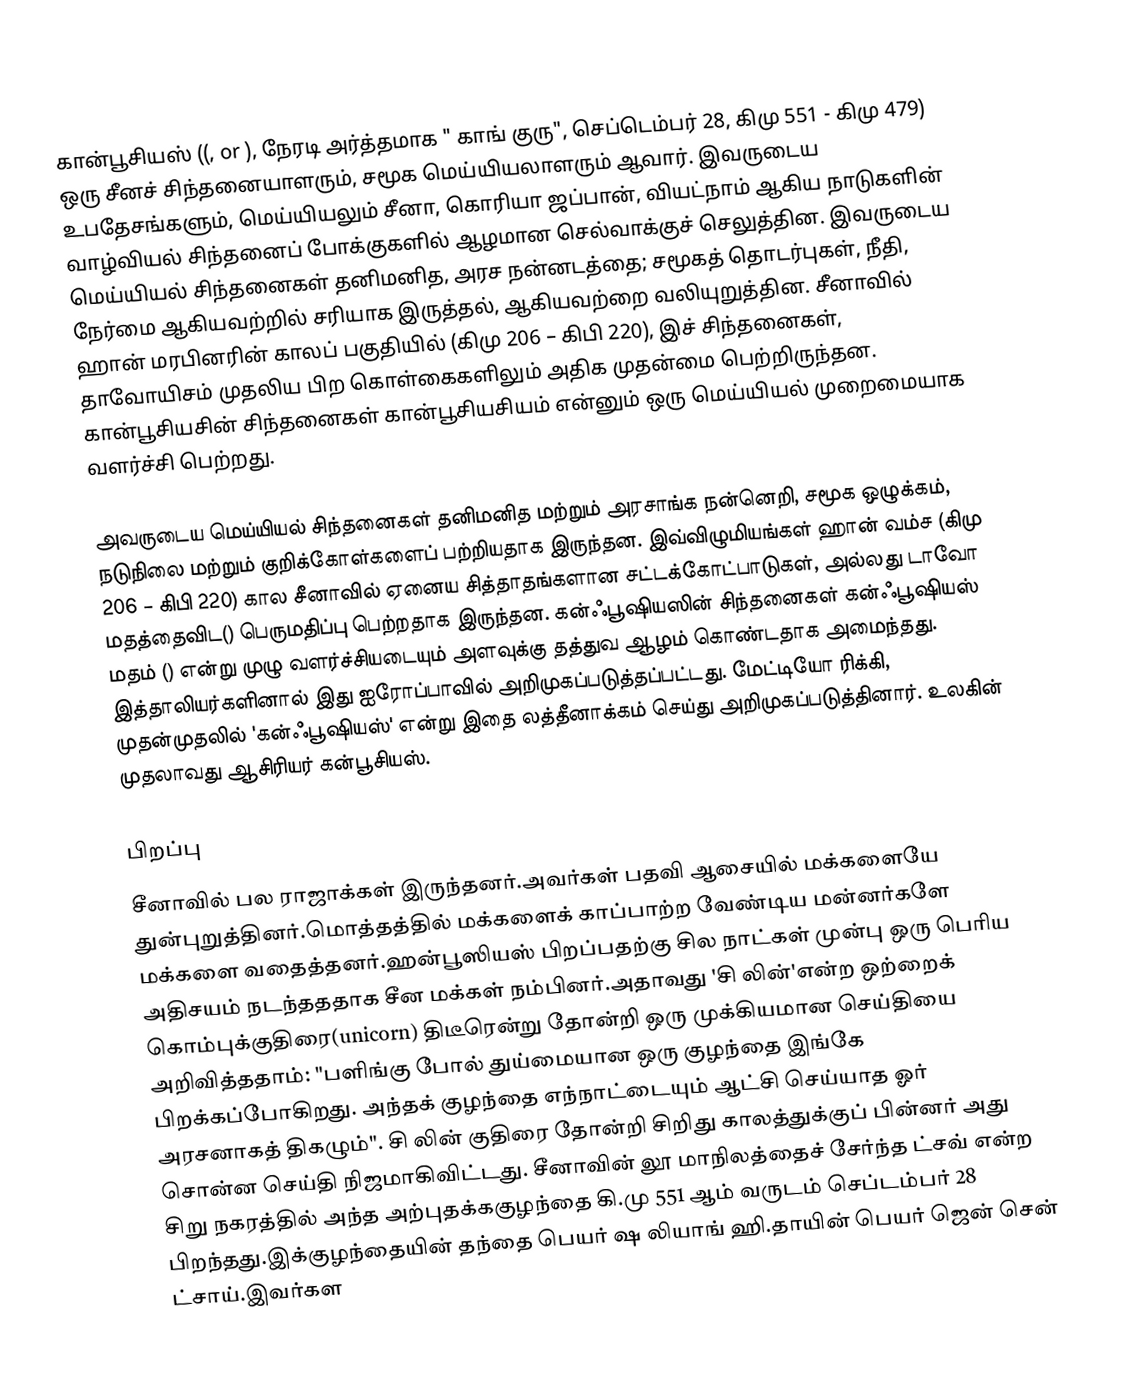
கான்பூசியஸ் ((, or ), நேரடி அர்த்தமாக " காங் குரு", செப்டெம்பர் 28, கிமு 551 - கிமு 479) ஒரு சீனச் சிந்தனையாளரும், சமூக மெய்யியலாளரும் ஆவார். இவருடைய உபதேசங்களும், மெய்யியலும் சீனா, கொரியா ஜப்பான், வியட்நாம் ஆகிய நாடுகளின் வாழ்வியல் சிந்தனைப் போக்குகளில் ஆழமான செல்வாக்குச் செலுத்தின. இவருடைய மெய்யியல் சிந்தனைகள் தனிமனித, அரச நன்னடத்தை; சமூகத் தொடர்புகள், நீதி, நேர்மை ஆகியவற்றில் சரியாக இருத்தல், ஆகியவற்றை வலியுறுத்தின. சீனாவில் ஹான் மரபினரின் காலப் பகுதியில் (கிமு 206 – கிபி 220), இச் சிந்தனைகள், தாவோயிசம் முதலிய பிற கொள்கைகளிலும் அதிக முதன்மை பெற்றிருந்தன. கான்பூசியசின் சிந்தனைகள் கான்பூசியசியம் என்னும் ஒரு மெய்யியல் முறைமையாக வளர்ச்சி பெற்றது.

அவருடைய மெய்யியல் சிந்தனைகள் தனிமனித மற்றும் அரசாங்க நன்னெறி, சமூக ஒழுக்கம், நடுநிலை மற்றும் குறிக்கோள்களைப் பற்றியதாக இருந்தன. இவ்விழுமியங்கள் ஹான் வம்ச (கிமு 206 – கிபி 220) கால சீனாவில் ஏனைய சித்தாதங்களான சட்டக்கோட்பாடுகள், அல்லது  டாவோ மதத்தைவிட() பெருமதிப்பு பெற்றதாக இருந்தன. கன்ஃபூஷியஸின் சிந்தனைகள் கன்ஃபூஷியஸ் மதம் () என்று முழு வளர்ச்சியடையும் அளவுக்கு தத்துவ ஆழம் கொண்டதாக அமைந்தது. இத்தாலியர்களினால் இது ஐரோப்பாவில் அறிமுகப்படுத்தப்பட்டது. மேட்டியோ ரிக்கி, முதன்முதலில் 'கன்ஃபூஷியஸ்' என்று இதை லத்தீனாக்கம் செய்து அறிமுகப்படுத்தினார். உலகின் முதலாவது ஆசிரியர் கன்பூசியஸ்.

பிறப்பு
சீனாவில் பல ராஜாக்கள் இருந்தனர்.அவர்கள் பதவி ஆசையில் மக்களையே துன்புறுத்தினர்.மொத்தத்தில் மக்களைக் காப்பாற்ற வேண்டிய மன்னர்களே மக்களை வதைத்தனர்.ஹன்பூஸியஸ் பிறப்பதற்கு சில நாட்கள் முன்பு ஒரு பெரிய அதிசயம் நடந்தததாக சீன மக்கள் நம்பினர்.அதாவது 'சி லின்'என்ற ஒற்றைக் கொம்புக்குதிரை(unicorn) திடீரென்று தோன்றி ஒரு முக்கியமான செய்தியை அறிவித்ததாம்: "பளிங்கு போல் துய்மையான ஒரு குழந்தை இங்கே பிறக்கப்போகிறது. அந்தக் குழந்தை எந்நாட்டையும் ஆட்சி செய்யாத ஓர் அரசனாகத் திகழும்". சி லின் குதிரை தோன்றி சிறிது காலத்துக்குப் பின்னர் அது சொன்ன செய்தி நிஜமாகிவிட்டது. சீனாவின் லூ மாநிலத்தைச் சேர்ந்த ட்சவ் என்ற சிறு நகரத்தில் அந்த அற்புதக்ககுழந்தை கி.மு 551 ஆம் வருடம் செப்டம்பர் 28 பிறந்தது.இக்குழந்தையின் தந்தை பெயர் ஷ லியாங் ஹி.தாயின் பெயர் ஜென் சென் ட்சாய்.இவர்கள